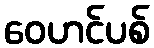
ဝေဟင်ပစ်